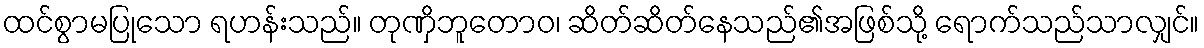
ထင်စွာမပြုသော ရဟန်းသည်။ တုဏှိဘူတောဝ၊ ဆိတ်ဆိတ်နေသည်၏အဖြစ်သို့ ရောက်သည်သာလျှင်။